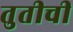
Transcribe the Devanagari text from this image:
तुतीची